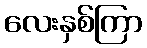
လေးနှစ်ကြာ